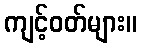
ကျင့်ဝတ်များ။